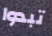
تبدوا